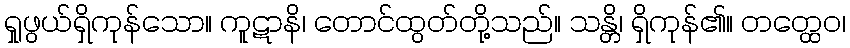
ရှုဖွယ်ရှိကုန်သော။ ကူဋာနိ၊ တောင်ထွတ်တို့သည်။ သန္တိ၊ ရှိကုန်၏။ တတ္ထေဝ၊